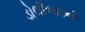
ડોલીબાઇની